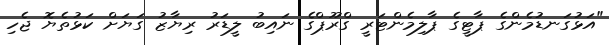
"އަޅުގަނޑުމެންގެ ޕާޓީގެ ޕާލިމެންޓަރީ ގްރޫޕްގެ ނައިބު ލީޑަރު ރިޔާޒު ގަޔަށް ކަޅުތެޔޮ ޖެހި